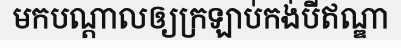
មកបណ្តាលឲ្យក្រឡាប់កង់បីឥណ្ឌា